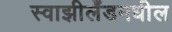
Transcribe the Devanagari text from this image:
स्वाझीलँडमधील